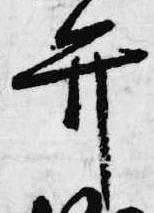
弁